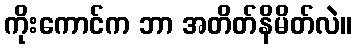
ကိုးကောင်က ဘာ အတိတ်နိမိတ်လဲ။